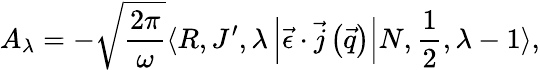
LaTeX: A_{\lambda}=-\sqrt{\frac{2\pi}{\omega}}\langle R,J^{\prime},\lambda\left|\vec{\epsilon}\cdot\vec{j}\left(\vec{q}\right)\right|N,\frac{1}{2},\lambda-1\rangle,